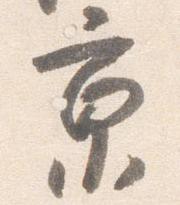
京